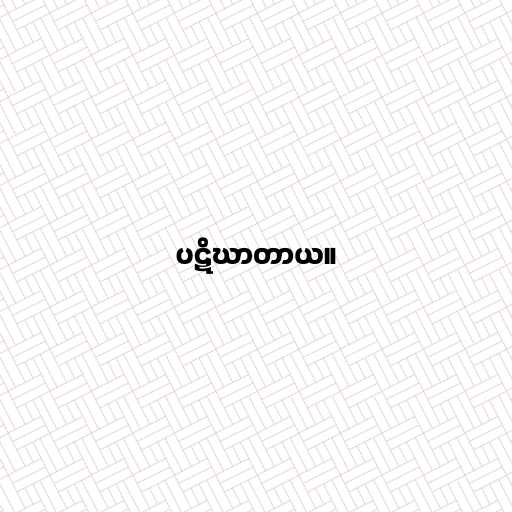
ပဋိဃာတာယ။